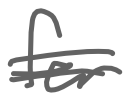
Text: for
Cross-out: double-line
Writing tool: digital_gray